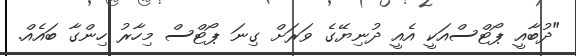
"ދުބާއީ ޕޯޓްސްއަކީ އެއީ ދުނިޔޭގެ ވަރަށް ގިނަ ޕޯޓްސް މިހާރު ހިންގާ ބައެއް.